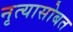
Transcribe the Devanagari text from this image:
नृत्यासोबत